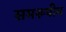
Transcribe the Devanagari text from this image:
समरूपीय